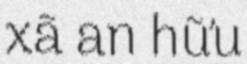
xã an hữu